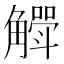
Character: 𮗶